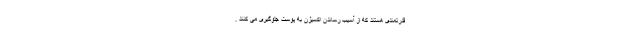
قدرتمندی هستند که از آسیب رساندن اکسیژن به پوست جلوگیری می کنند .